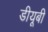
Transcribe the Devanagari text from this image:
डीयूबी